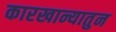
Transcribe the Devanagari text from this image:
कारखान्यातुन